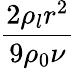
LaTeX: \frac{2\rho_{l}r^{2}}{9\rho_{0}\nu}